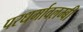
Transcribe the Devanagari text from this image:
परधर्मावलम्बी